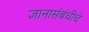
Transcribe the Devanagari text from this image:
ज्ञानासंबंधीचे